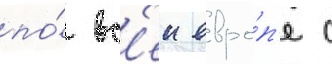
по́ вс'еи евро́п'е с